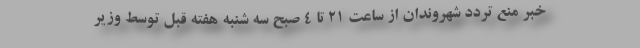
خبر منع تردد شهروندان از ساعت 21 تا 4 صبح سه شنبه هفته قبل توسط وزیر